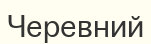
Черевний